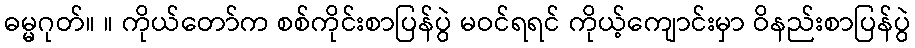
ဓမ္မဂုတ်။ ။ ကိုယ်တော်က စစ်ကိုင်းစာပြန်ပွဲ မဝင်ရရင် ကိုယ့်ကျောင်းမှာ ဝိနည်းစာပြန်ပွဲ